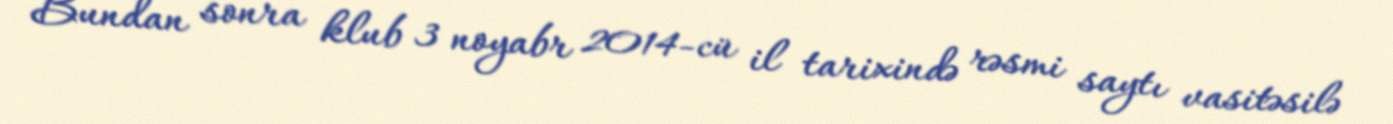
Bundan sonra klub 3 noyabr 2014-cü il tarixində rəsmi saytı vasitəsilə